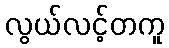
လွယ်လင့်တကူ